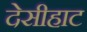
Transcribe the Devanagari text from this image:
देसीहाट